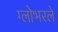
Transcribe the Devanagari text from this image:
ग्लोभरले